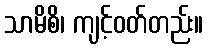
သာမိစိ၊ ကျင့်ဝတ်တည်း။